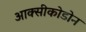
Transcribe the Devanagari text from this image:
आक्सीकोडोन